Vaccine operations Central Provinces 1900-1911 - 1900-1911
Year: 1900
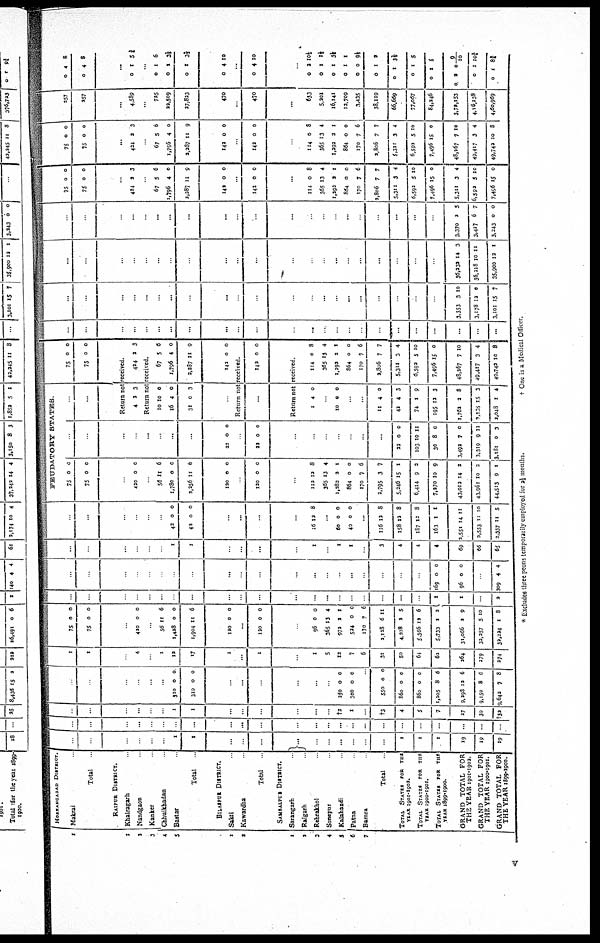
1
1
2
3
4
5
1
2
1
2
3
4
5
6
7
HOSHANGABAD DISTRICT.
Makrai
Total
RAIPUR DISTRICT.
Khairagarh
Nandgaon
Kanker
Chhuikhadan
Bastar
Total
BILASPUR DISTRICT.
Sakti
Kawardha
Total
SAMBALPUE DISTRICT.
Sarangarh
Raigarh
Rehrakhol
Sonepur
Kalahandi
Patna
Bamra
Total
TOTAL STATES FOR THE
YEAR 1901-1902.
TOTAL STATES FOR THE
YEAR 1900-1901.
TOTAL STATES FOR THE
YEAR 1899-1900.
GRAND TOTAL
FOR
THE YEAR 1901-1902
GRAND
TOTAL
FOR
THE YEAR 1900-1901.
GRAND TOTAL
FOR
THE YEAR 1890-1900.
...
...
...
...
...
...
1
1
...
...
...
...
...
...
...
...
...
...
1
1
1
19
19
19
...
...
...
...
...
...
...
...
...
...
...
...
...
...
...
...
...
...
...
...
...
...
...
...
...
...
...
...
...
...
1
1
...
...
...
...
...
...
†2
1
...
†3
4
5
7
27
30
†32
...
...
...
...
...
...
310
310
0
0
0
0
...
...
...
...
...
...
250
300
0
0
0
0
...
550
860
860
1,205
9,298
9,150
9,642
0
0
0
8
12
8
7
0
0
0
6
6
6
8
1
1
...
4
...
1
12
17
1
...
1
...
1
5
13
7
6
31
50
64
62
264
279
274
75
75
0
0
0
0
...
420 0 0
...
56
1,428
1,904
11
0
11
6
0
6
120 0 0
...
120 0 0
...
96
365
972
524
170
2,128
4,228
5,366
5,733
31,066
32,257
32,224
0
13
2
0
7
6
2
12
1
2
5
1
0
4
1
0
6
11
5
6
2
9
10
8
...
...
...
...
...
...
...
...
...
...
...
...
...
...
...
...
...
...
...
...
1
1
...
2
...
...
...
...
...
...
...
...
...
...
...
...
...
...
...
...
...
...
...
...
169
96
0
0
0
0
...
309 4 4
...
...
...
...
...
...
1
1
...
...
...
...
1
...
1
1
...
3
4
4
4
69
66
65
...
...
...
...
...
...
42
42
0
0
0
0
...
...
...
...
16 12 8
...
60
40
0
0
0
0
...
116
158
187
163
2,551
2,553
2,337
12
12
12
1
14
11
11
8
8
8
1
11
10
5
FEUDATORY
STATES
75
75
0
0
0
0
...
420 0 0
...
56
1,780
2,256
11
0
11
6
0
6
120 0 0
...
120 0 0
...
112
365
1,282
864
170
2,795
5,246
6,414
7,270
43,012
43,961
44,513
12
13
2
0
7
3
15
9
10
14
10
9
8
4
1
0
6
7
1
3
9
2
3
1
...
...
...
...
...
...
...
...
22 0 0
...
22 0 0
...
...
...
...
...
...
...
22
103
30
3,492
3,319
3,181
0
10
8
7
9
0
0
11
0
0
11
3
...
...
75
75
0
0
0
0
Return not received
4 2 3
424 2 3
Return not received.
10
16
31
10
4
0
0
0
3
...
67
1,796
2,287
5
4
11
6
0
9
142 0 0
Return not received.
...
142 0 0
Return not received.
1 4 0
...
10 0 0
...
...
11
42
74
195
1,762
2,138
2,048
4
4
1
12
2
15
1
0
3
9
3
8
3
4
114
365
1,292
864
170
2,806
5,311
6,592
7,496
48,267
49,417
49,742
0
13
2
0
7
7
3
5
15
7
3
10
8
4
1
0
6
7
4
10
0
10
4
9
..
..
...
...
...
...
...
...
...
...
...
...
...
...
..
...
...
...
...
...
...
...
...
...
..
..
...
...
...
...
...
...
...
...
...
...
...
...
...
...
...
...
...
...
...
3,353
3,178
3,101
3
12
15
10
0
7
..
..
...
...
...
...
...
...
...
...
...
...
...
...
...
...
...
...
...
...
...
36,232
36,218
35,900
14
10
12
3
11
1
...
...
...
...
...
...
...
...
...
...
...
...
...
...
...
...
...
...
...
...
...
3,370
3,427
3,243
2
6
0
5
7
0
75
75
0
0
0
0
...
424 3 3
...
67
1,796
2,287
5
4
11
6
0
9
142 0 0
...
142 0 0
...
114
365
1,292
864
170
2,806
5,311
6,592
7,496
5,311
6,592
7,496
0
13
2
0
7
7
3
5
15
3
5
15
8
4
1
0
6
7
4
10
0
4
10
0
75
75
0
0
0
0
...
424 2 3
...
67
1,796
2,287
5
4
11
6
0
9
142 0 0
...
142 0 0
...
114
365
1,292
864
170
2,806
5,311
6,592
7,496
48,267
49,417
49,742
0
13
2
0
7
7
3
5
15
7
3
10
8
4
2
0
6
7
4
10
0
10
4
8
257
257
...
4,589
...
725
22,509
27,823
470
...
470
...
633
5,201
16,141
12,709
3,435
38,119
66,669
77,067
84,246
3,72,153
4,16,138
4,60,969
0
0
4
4
8
8
...
0 1 5¾
...
0
0
0
1
1
1
6
3½
33/2
0 4 10
...
0 4 10
...
0
0
0
0
0
0
0
0
0
0
0
0
2
1
2
1
0
1
1
1
1
2
1
1
10½
1½
3½
1
9½
2
3½
5
5
0 9/10
10¾
8¾
* Excludes three peons temporarily employed for 2½ months.
† One is a Medical Officer.
v